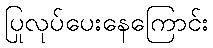
ပြုလုပ်ပေးနေကြောင်း